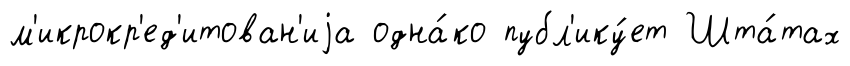
м'икрокр'ед'итован'иjа одна́ко публ'ику́ет Шта́тах